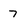
Character: 7